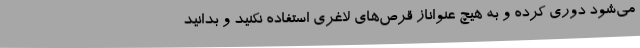
می‌شود دوری کرده و به هیچ عنواناز قرص‌های لاغری استفاده نکنید و بدانید